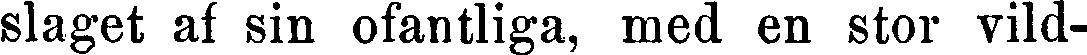
slaget af sin ofantliga, med en stor vild-